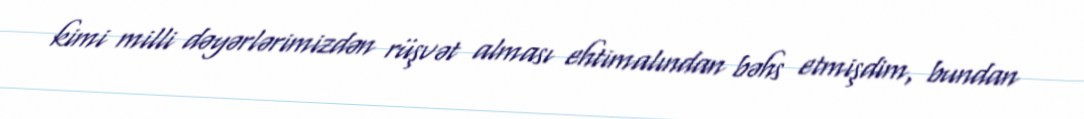
kimi milli dəyərlərimizdən rüşvət alması ehtimalından bəhs etmişdim, bundan